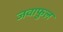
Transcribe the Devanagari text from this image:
जवाफुल